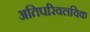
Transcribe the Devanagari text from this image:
अतिपरिवलयिक